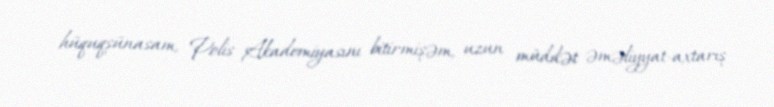
hüquqşünasam, Polis Akademiyasını bitirmişəm, uzun müddət əməliyyat-axtarış